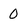
Character: 0